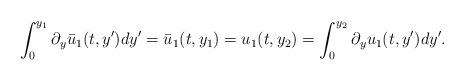
LaTeX: \begin{align*}\int_0^{y_1}\partial_y\bar{u}_1(t,y')dy'=\bar{u}_1(t,y_1)=u_1(t,y_2)=\int_0^{y_2}\partial_yu_1(t,y')dy'.\end{align*}